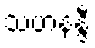
သဟနန္ဒီ